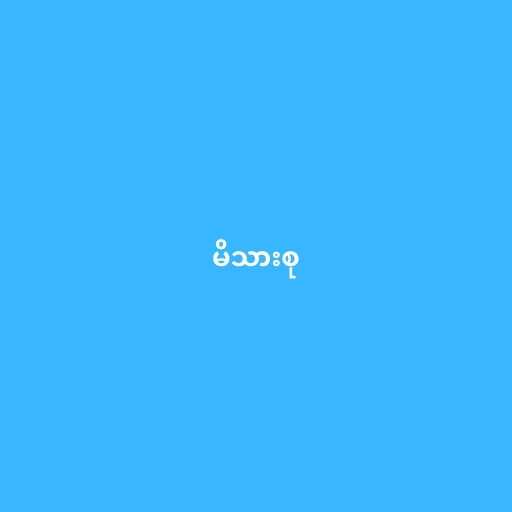
မိသားစု